Vaccination in the Punjab 1905-1918 - 1905-1918
Year: 1905
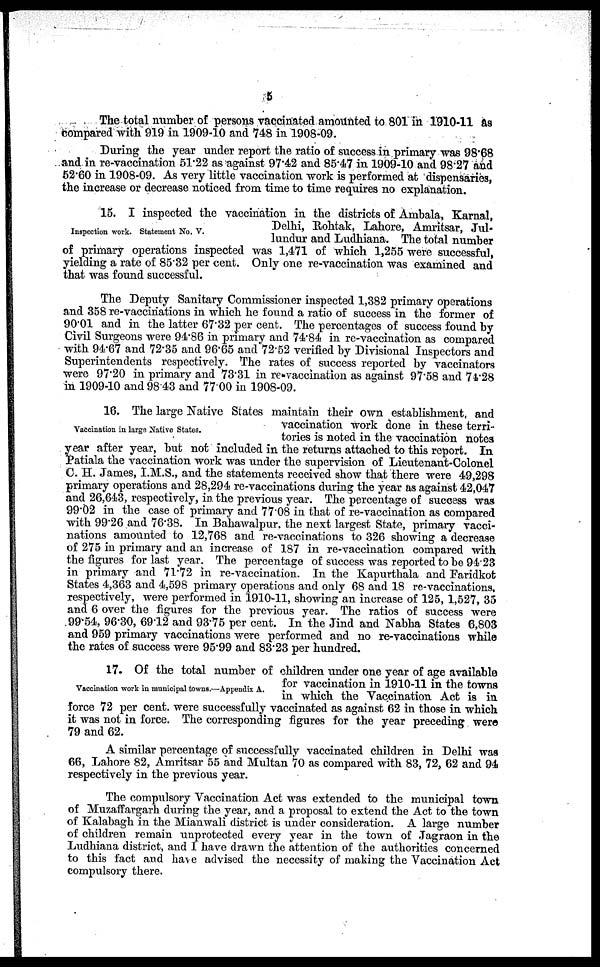
5
The total number of persons vaccinated amounted to 801 in 1910-11 as
compared with 919 in 1909-10 and 748 in 1908-09.
During the year under report the ratio of success in primary was 98.68
and in re-vaccination 51.22 as against 97.42 and 85.47 in 1909-10 and 98.27 and
52.60 in 1908-09. As very little vaccination work is performed at dispensaries,
the increase or decrease noticed from time to time requires no explanation.
Inspection work. Statement No. V.
15. I inspected the vaccination in the districts of Ambala, Karnal,
Delhi, Rohtak, Lahore, Amritsar, Jul-
lundur and Ludhiana. The total number
of primary operations inspected was 1,471 of which 1,255 were successful,
yielding a rate of 85.32 per cent. Only one re-vaccination was examined and
that was found successful.
The Deputy Sanitary Commissioner inspected 1,382 primary operations
and 358 re-vaccinations in which he found a ratio of success in the former of
90.01 and in the latter 67.32 per cent. The percentages of success found by
Civil Surgeons were 94.86 in primary and 74.84 in re-vaccination as compared
with 94.67 and 72.35 and 96.65 and 72.52 verified by Divisional Inspectors and
Superintendents respectively. The rates of success reported by vaccinators
were 97.20 in primary and 73.31 in re-vaccination as against 97.58 and 74.28
in 1909-10 and 98.43 and 77.00 in 1908-09.
Vaccination in large Native States.
16. The large Native States maintain their own establishment and
vaccination work done in these terri-
tories is noted in the vaccination notes
year after year, but not included in the returns attached to this report. In
Patiala the vaccination work was under the supervision of Lieutenant-Colonel
C. H. James, I.M.S., and the statements received show that there were 49,298
primary operations and 28,294 re-vaccinations during the year as against 42,047
and 26,643, respectively, in the previous year. The percentage of success was
99.02 in the case of primary and 77.08 in that of re-vaccination as compared
with 99.26 and 76.38. In Bahawalpur. the next largest State, primary vacci-
nations amounted to 12,768 and re-vaccinations to 326 showing a decrease
of 275 in primary and an increase of 187 in re-vaccination compared with
the figures for last year. The percentage of success was reported to be 94.23
in primary and 71.72 in re-vaccination. In the Kapurthala and Faridkot
States 4,363 and 4,598 primary operations and only 68 and 18 re-vaccinations,
respectively, were performed in 1910-11, showing an increase of 125, 1,527, 35
and 6 over the figures for the previous year. The ratios of success were
99.54, 96.30, 69.12 and 93.75 per cent. In the Jind and Nabha States 6,803
and 959 primary vaccinations were performed and no re-vaccinations while
the rates of success were 95.99 and 83.23 per hundred.
Vaccination work in municipal towns.—Appendix A.
17. Of the total number of children under one year of age available
for vaccination in 1910-11 in the towns
in which the Vaccination Act is in
force 72 per cent. were successfully vaccinated as against 62 in those in which
it was not in force. The corresponding figures for the year preceding were
79 and 62.
A similar percentage of successfully vaccinated children in Delhi was
66, Lahore 82, Amritsar 55 and Multan 70 as compared with 83, 72, 62 and 94
respectively in the previous year.
The compulsory Vaccination Act was extended to the municipal town
of Muzaffargarh during the year, and a proposal to extend the Act to the town
of Kalabagh in the Mianwali district is under consideration. A large number
of children remain unprotected every year in the town of Jagraon in the
Ludhiana district, and I have drawn the attention of the authorities concerned
to this fact and have advised the necessity of making the Vaccination Act
compulsory there.